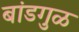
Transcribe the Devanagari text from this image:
बांडगुळ